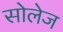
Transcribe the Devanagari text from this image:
सोलेज